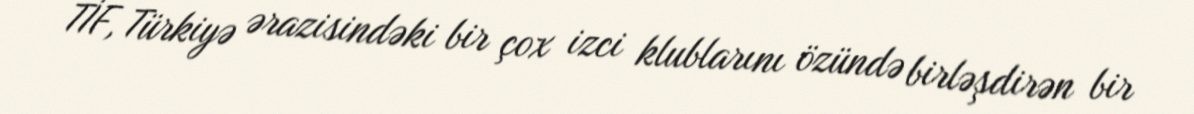
TİF, Türkiyə ərazisindəki bir çox izci klublarını özündə birləşdirən bir